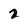
Character: 2